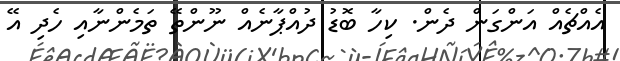
އެއްޗެއް އަންގަން ދެން. ކިހާ ބޮޑު ދުއްޕާނެއް ނޫންތޭ ތަމެންނާއި ހެދި އޭ